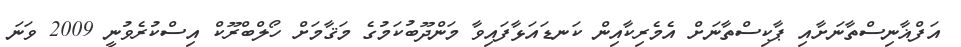
އަފްޣާނިސްތާނަށާއި ޕާކިސްތާނަށް އެމެރިކާއިން ކަނޑައަޅާފައިވާ މަންދޫބުކަމުގެ މަޤާމަށް ހޯލްބްރޫކް އިސްކުރެވުނީ 2009 ވަނަ